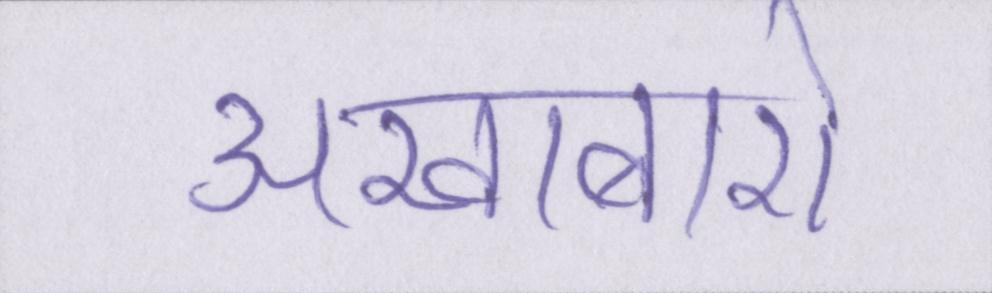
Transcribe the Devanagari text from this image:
अखाबारो